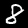
Label: 8